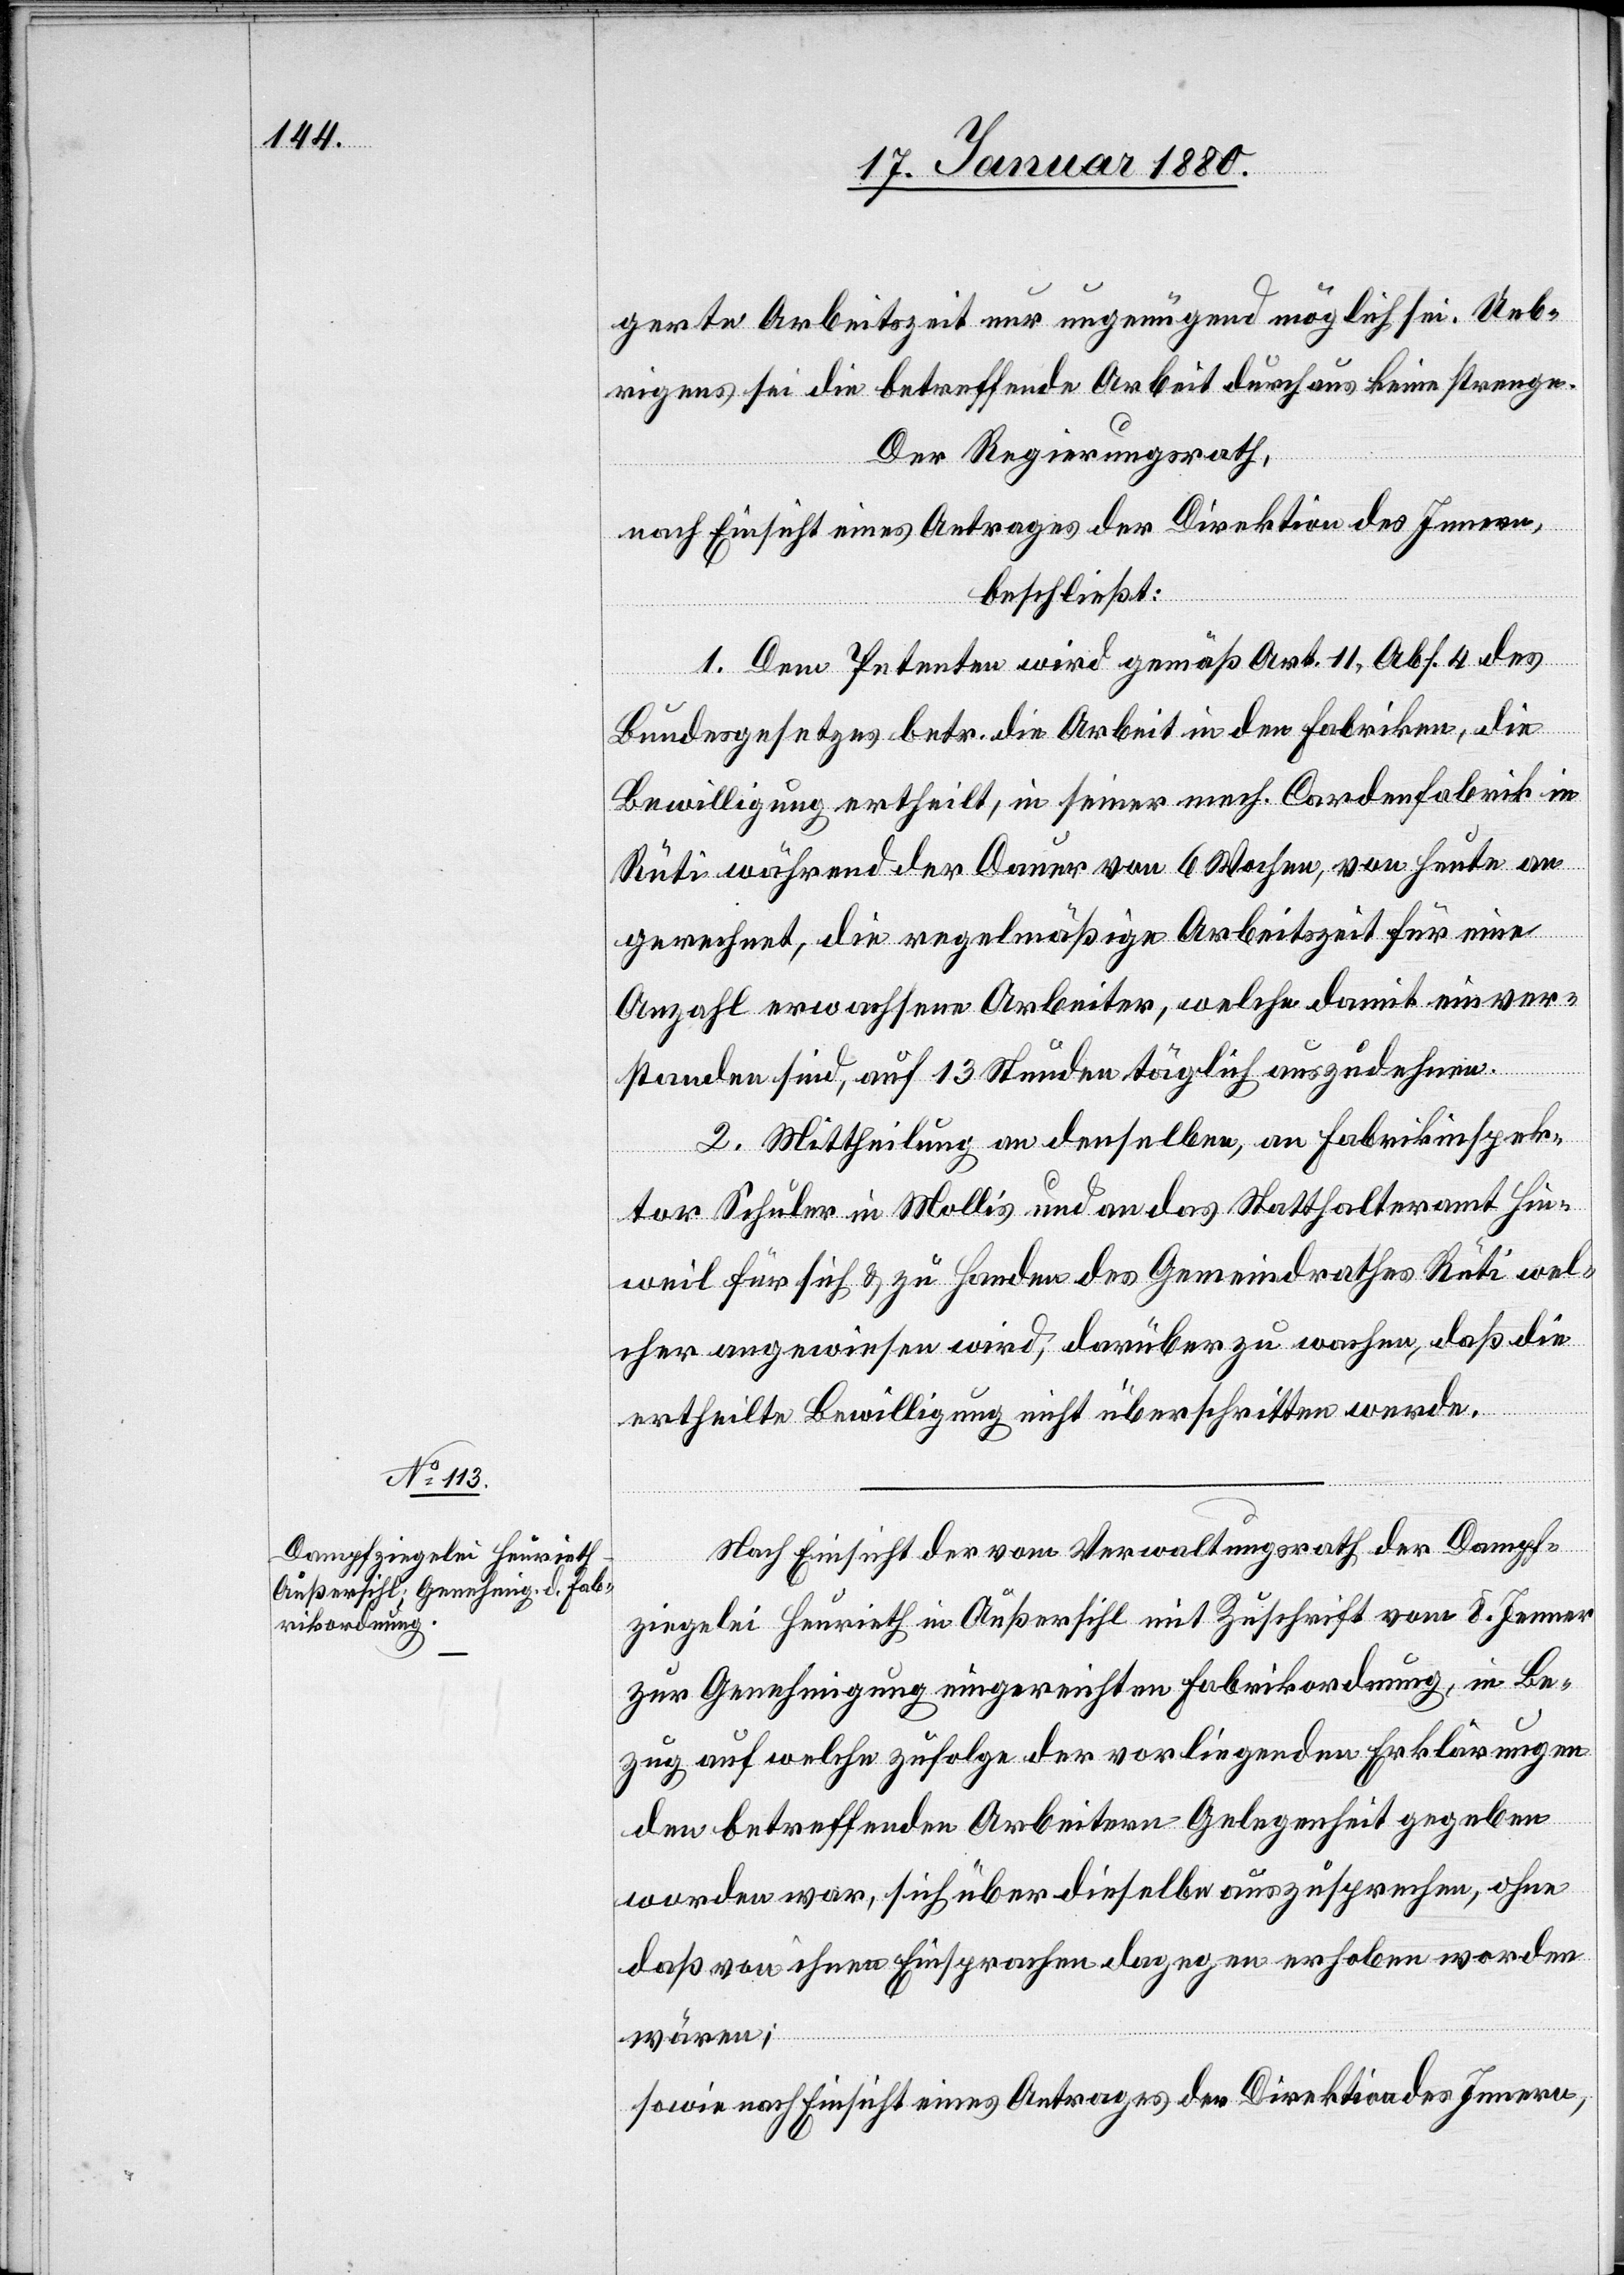
gerte Arbeitszeit nur ungenügend möglich sei. Ueb¬
rigens sei die betreffende Arbeit durchaus keine strenge.
Der Regierungsrath,
nach Einsicht eines Antrages der Direktion des Innern,
beschließt:
1. Dem Petenten wird gemäß Art. 11, Abs. 4 des
Bundesgesetzes betr. die Arbeit in den Fabriken, die
Bewilligung ertheilt, in seiner mech. Cardenfabrik in
Rüti während der Dauer von 6 Wochen, von heute an
gerechnet, die regelmäßige Arbeitszeit für eine
Anzahl erwachsener Arbeiter, welche damit einver¬
standen sind, auf 13 Stunden täglich auszudehnen.
2. Mittheilung an denselben, an Fabrikinspek¬
tor Schuler in Mollis und an das Statthalteramt Hin¬
weil für sich & zu Handen des Gemeindrathes Rüti wel¬
cher angewiesen wird, darüber zu wachen, daß die
ertheilte Bewilligung nicht überschritten werde.
Nach Einsicht der vom Verwaltungsrath der Dampf¬
ziegelei Heurieth in Außersihl mit Zuschrift vom 8. Jenner
zur Genehmigung eingereichten Fabrikordnung, in Be¬
zug auf welche zufolge der vorliegenden Erklärungen
den betreffenden Arbeitern Gelegenheit gegeben
worden war, sich über dieselbe auszusprechen, ohne
daß von ihnen Einsprachen dagegen erhoben worden
wären;
sowie nach Einsicht eines Antrages der Direktion des Innern,